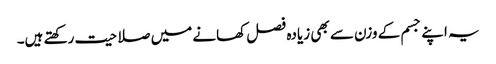
یہ اپنے جسم کے وزن سے بھی زیادہ فصل کھانے میں صلاحیت رکھتے ہیں۔